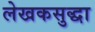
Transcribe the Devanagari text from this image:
लेखकसुद्धा